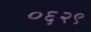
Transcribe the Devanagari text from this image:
०६२९